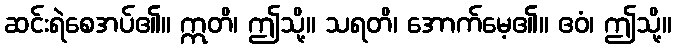
ဆင်းရဲစေအပ်၏။ ဣတိ၊ ဤသို့။ သရတိ၊ အောက်မေ့၏။ ဧဝံ၊ ဤသို့။